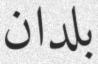
بلدان